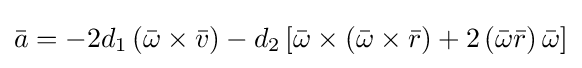
{\bar {a}}=-2d_{1}\left({\bar {\omega }}\times {\bar {v}}\right)-d_{2}\left[{\bar {\omega }}\times \left({\bar {\omega }}\times {\bar {r}}\right)+2\left({\bar {\omega }}{\bar {r}}\right){\bar {\omega }}\right]